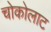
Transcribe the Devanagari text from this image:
चोकोलाट